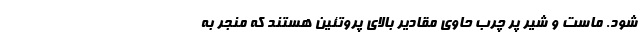
شود. ماست و شیر پر چرب حاوی مقادیر بالای پروتئین هستند که منجر به